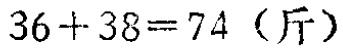
\(36 + 38 = 74 \ (\mathrm{斤})\)